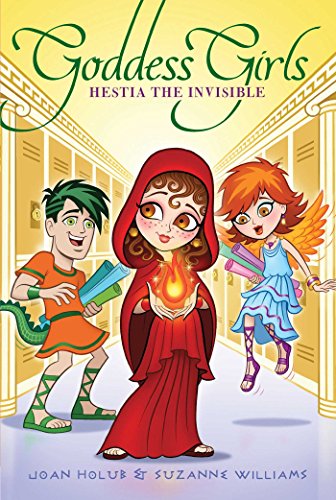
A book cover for Hestia the Invisible (Goddess Girls); Joan Holub; Children's Books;